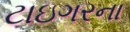
ટાઇગરના